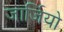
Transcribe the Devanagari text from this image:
जार्जियो